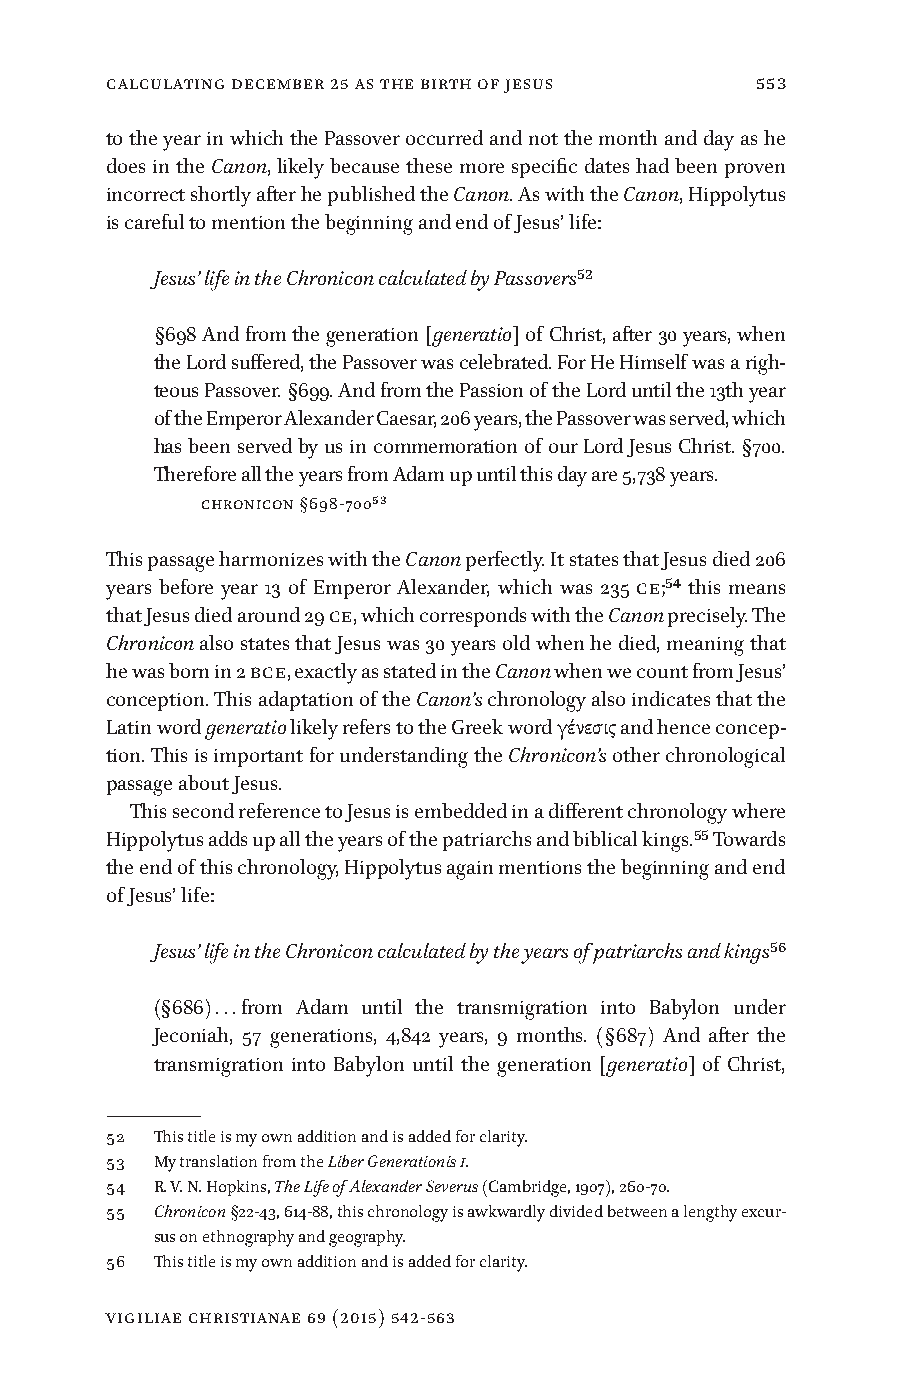
Calculating December 25 as the Birth of Jesus 553
 to the year in which the Passover occurred and not the month and day as he
 does in the Canon, likely because these more specific dates had been proven
 incorrect shortly after he published the Canon. As with the Canon, Hippolytus
 is careful to mention the beginning and end of Jesus’ life:
 Jesus’ life in the Chronicon calculated by Passovers52
 §698 And from the generation [generatio] of Christ, after 30 years, when
 the Lord suffered, the Passover was celebrated. For He Himself was a righ-
 teous Passover. §699. And from the Passion of the Lord until the 13th year
 of the Emperor Alexander Caesar, 206 years, the Passover was served, which
 has been served by us in commemoration of our Lord Jesus Christ. §700.
 Therefore all the years from Adam up until this day are 5,738 years.
 Chronicon §698-70053
 This passage harmonizes with the Canon perfectly. It states that Jesus died 206
 years before year 13 of Emperor Alexander, which was 235 CE;54 this means
 that Jesus died around 29 CE, which corresponds with the Canon precisely. The
 Chronicon also states that Jesus was 30 years old when he died, meaning that
 he was born in 2 BCE, exactly as stated in the Canon when we count from Jesus’
 conception. This adaptation of the Canon’s chronology also indicates that the
 Latin word generatio likely refers to the Greek word γένεσις and hence concep-
 tion. This is important for understanding the Chronicon’s other chronological
 passage about Jesus.
 This second reference to Jesus is embedded in a different chronology where
 Hippolytus adds up all the years of the patriarchs and biblical kings.55 Towards
 the end of this chronology, Hippolytus again mentions the beginning and end
 of Jesus’ life:
 Jesus’ life in the Chronicon calculated by the years of patriarchs and kings56
 (§686) . . . from Adam until the transmigration into Babylon under
 Jeconiah, 57 generations, 4,842 years, 9 months. (§687) And after the
 transmigration into Babylon until the generation [generatio] of Christ,
 52 This title is my own addition and is added for clarity.
 53 My translation from the Liber Generationis I.
 54 R. V. N. Hopkins, The Life of Alexander Severus (Cambridge, 1907), 260-70.
 55 Chronicon §22-43, 614-88, this chronology is awkwardly divided between a lengthy excur-
 sus on ethnography and geography.
 56 This title is my own addition and is added for clarity.
 vigiliae christianae 69 (2015) 542-563